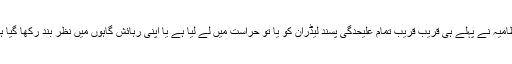
انتظامیہ نے پہلے ہی قریب قریب تمام علیحدگی پسند لیڈران کو یا تو حراست میں لے لیا ہے یا اپنی رہائش گاہوں میں نظر بند رکھا گیا ہے۔